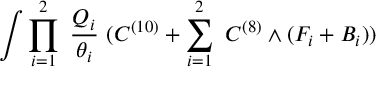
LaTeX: \int \prod _ { i = 1 } ^ { 2 } ~ \frac { Q _ { i } } { \theta _ { i } } ~ ( C ^ { ( 1 0 ) } + \sum _ { i = 1 } ^ { 2 } ~ C ^ { ( 8 ) } \wedge ( F _ { i } + B _ { i } ) )